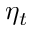
\eta _ { t }